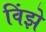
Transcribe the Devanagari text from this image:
विंझे